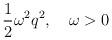
LaTeX: \begin{align*}{1\over2}\omega^2q^2,\quad \omega>0 \end{align*}